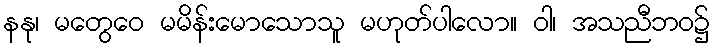
နနု၊ မတွေဝေ မမိန်းမောသောသူ မဟုတ်ပါလော။ ဝါ၊ အသညီဘဝ၌